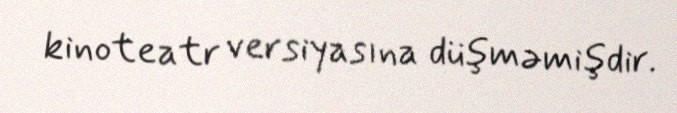
kinoteatr versiyasına düşməmişdir.